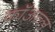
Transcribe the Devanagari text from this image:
कॉअत्ल